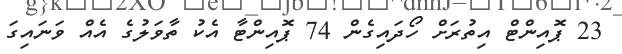
23 ޕޮއިންޓް އިތުރަށް ހޯދައިގެން 74 ޕޮއިންޓާ އެކު ތާވަލުގެ އެއް ވަނައިގަ